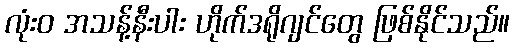
လုံးဝ အသန့်နီးပါး ဟိုက်ဒရိုဂျင်တွေ ဖြစ်နိုင်သည်။